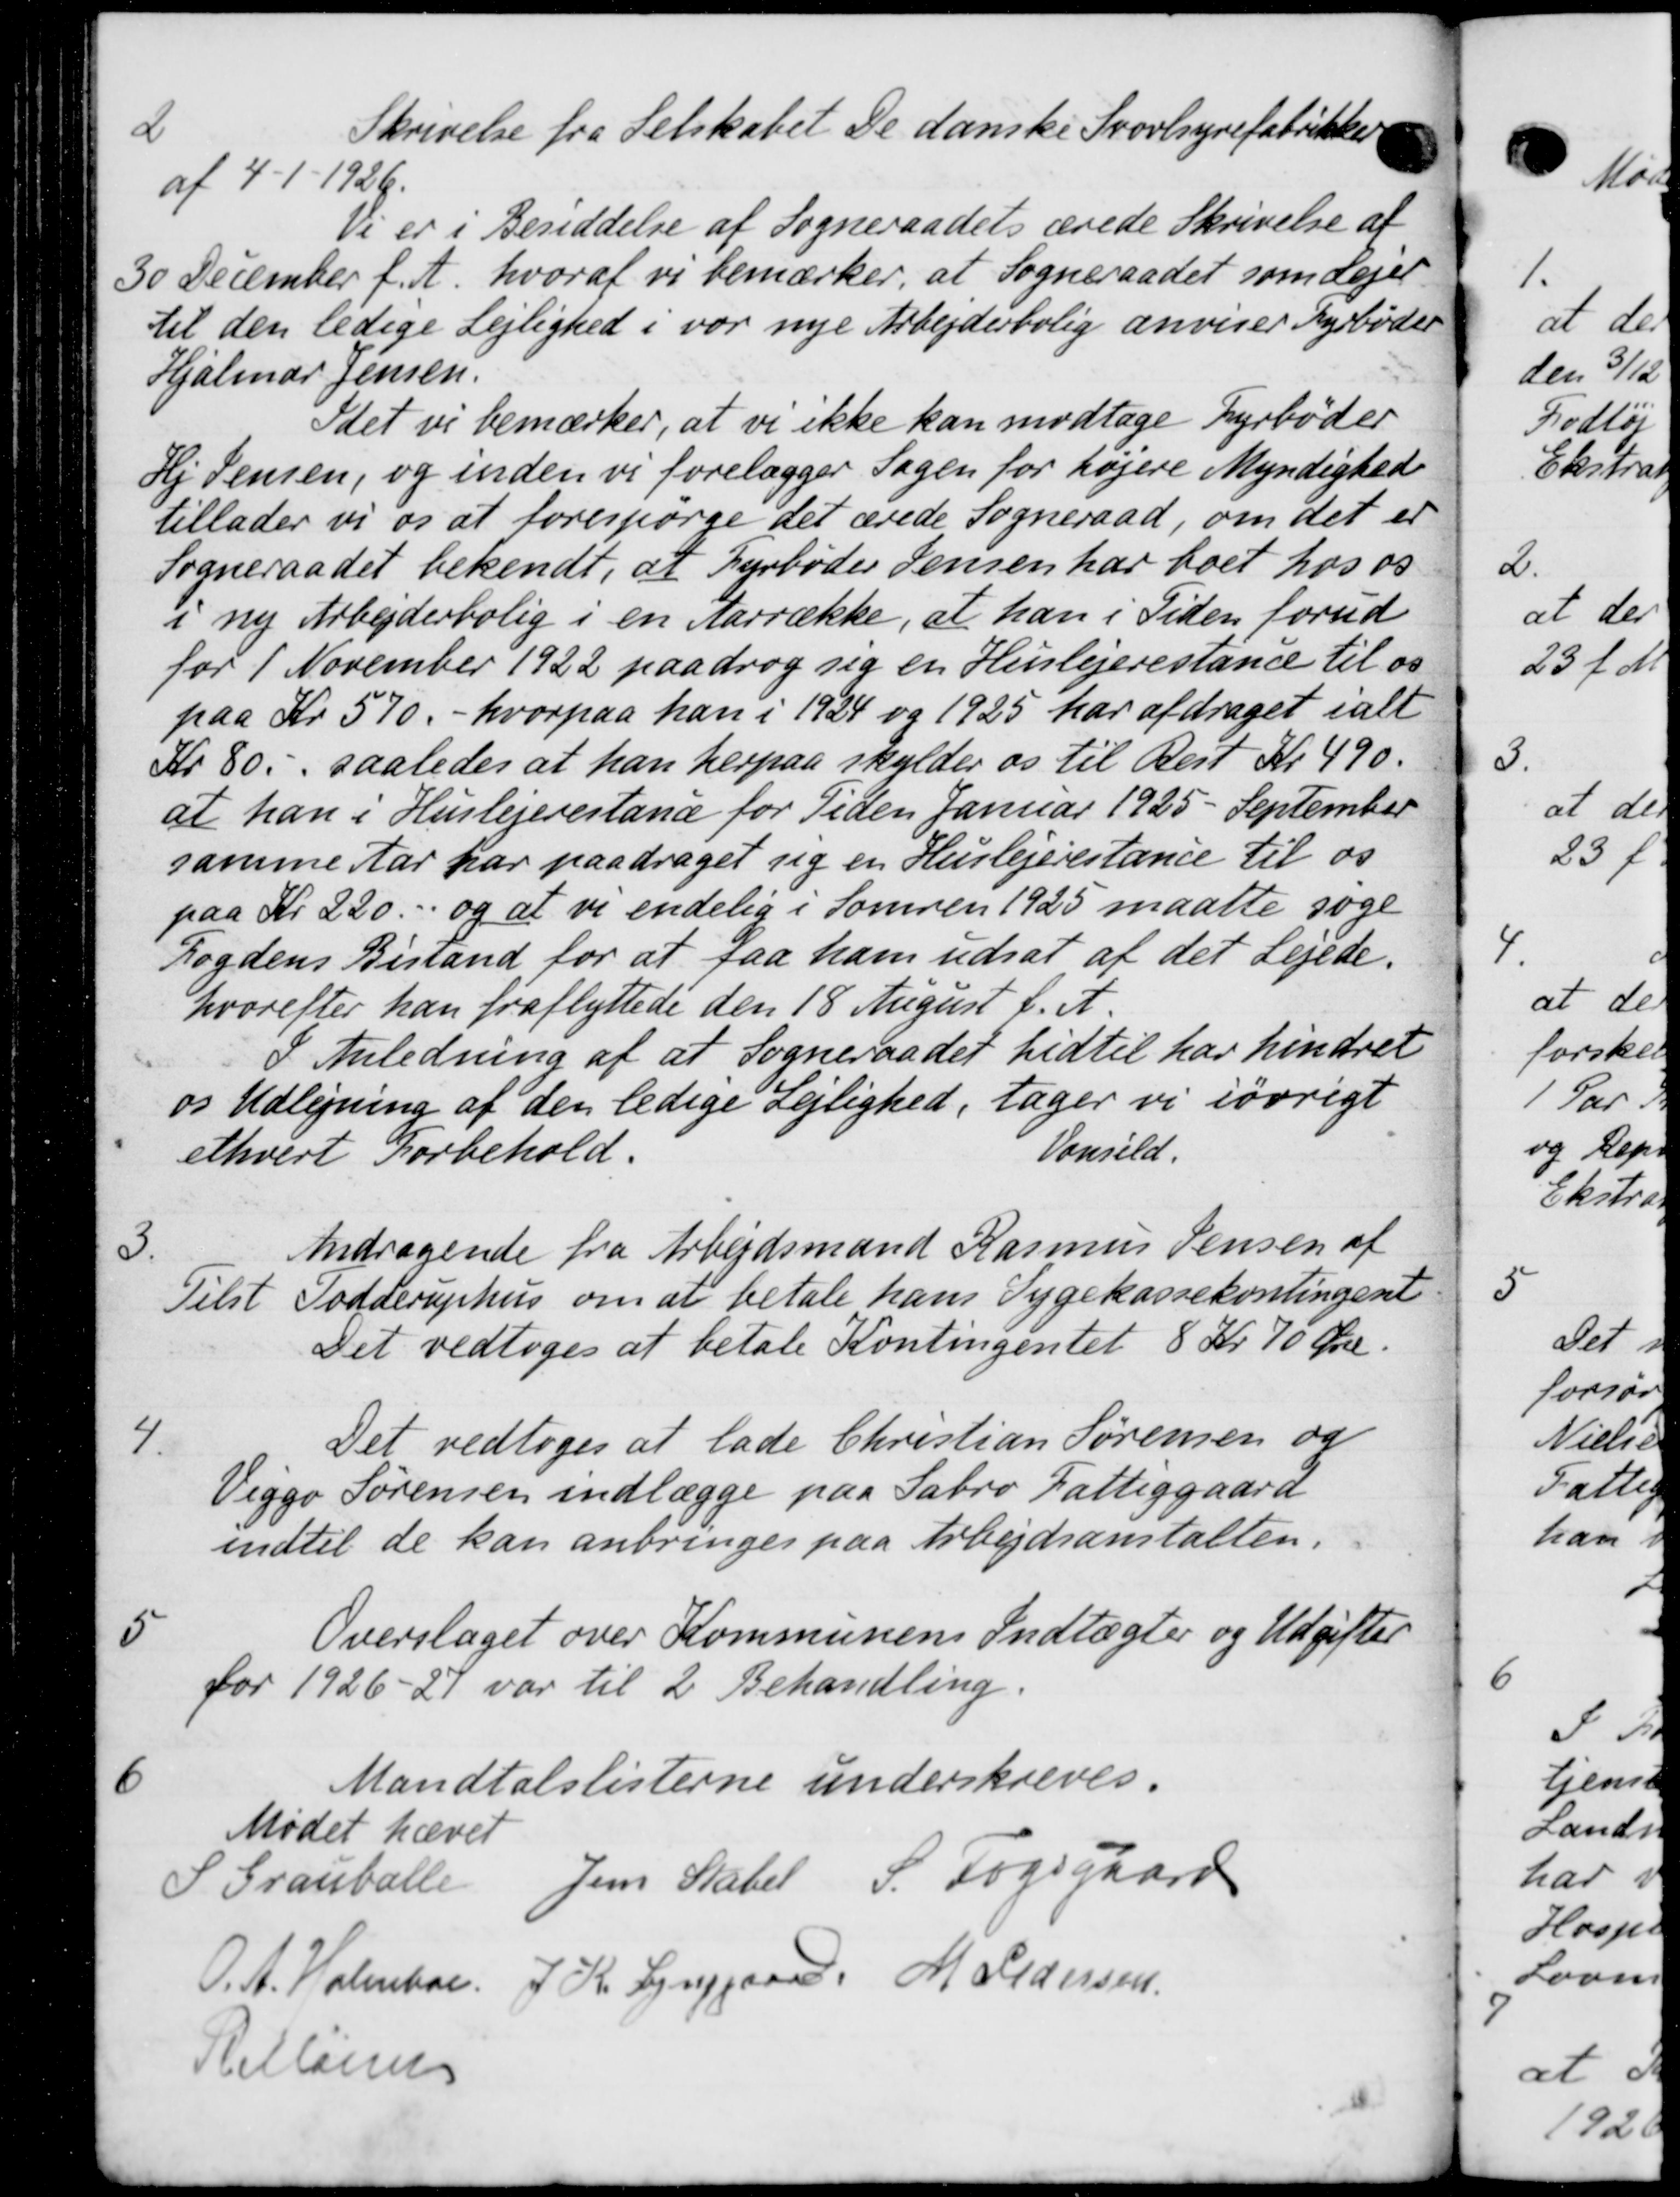
Transskription:
2.
Skrivelse fra Selskabet De danske Svovlyrefabrikker
af 4 - 1 - 1926.
Vi er i Besiddelse af Sogneraadets ærede Skrivelse af
30 December f. A. hvoraf vi bemærker, at Sogneraadet som Lejer
til den ledige Lejlighed i vor nye Arbejderbolig anviser Fyrbøder
Hjalmar Jensen.
Idet vi bemærker, at vi ikke kan modtage Fyrbøder
Hj Jensen, og inden vi forelægger Sagen for højere Myndighed
tillader vi os at forespørge det ærede Sogneraad, om det er
Sogneraadet bekendt, at Fyrbøder Jensen har boet hos os
i ny Arbejderbolig i en Aarrække, at han i Tiden forud
for 1 November 1922 paadrog sig en Huslejerestance til os
paa Kr 570. - hvorpaa han i 1924 og 1925 har afdraget i alt
Kr 80., saaledes at han herpaa skylder os til Rest Kr. 490.
at han i Huslejerestand for Tiden Januar 1925 - September
samme Aar har paadraget sig en Huslejerestance til os
paa Kr 220. og at vi endelig i Sommen 1925 maatte søge
Fogdens Bistand for at faa ham udsat af det Lejede.
hvorefter han fraflyttede den 18 August f. A.
I Anledning af at Sogneraadet hidtil har hindret
os Udlejning af den ledige Lejlighed, tager vi iøvrigt
ethvert Forbehold.
Vonsild.
3.
Andragende fra Arbejdsmand Rasmus Jensen af
Tilst Todderuphus om at betale hans Sygekassekontingent
Det vedtoges at betale Kontingentet 8 Kr 70 Øre.
4.
Det vedtoges at lade Christian Sørensen og
Viggo Sørensen indlægge paa Sabro Fattiggaard
indtil de kan anbringes paa Arbejdsanstalten.
5
Overslaget over Kommunens Indtægter og Udgifter
for 1926-27 var til 2 Behandling.

Mandtalslisterne underskreves.
Mødet hævet
Grauballe Jens Skabel S. Fogsgaard
O. A. Holmboe.
J Kr. Lynggaard. M. Pedersen
Rellanen